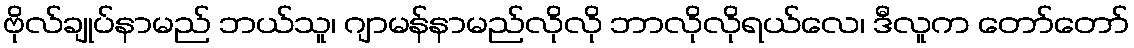
ဗိုလ်ချုပ်နာမည် ဘယ်သူ၊ ဂျာမန်နာမည်လိုလို ဘာလိုလိုရယ်လေ၊ ဒီလူက တော်တော်